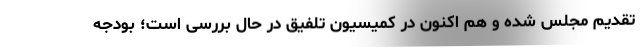
تقدیم مجلس شده و هم اکنون در کمیسیون تلفیق در حال بررسی است؛ بودجه